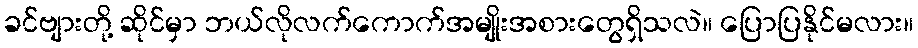
ခင်ဗျားတို့ ဆိုင်မှာ ဘယ်လိုလက်ကောက်အမျိုးအစားတွေရှိသလဲ။ ပြောပြနိုင်မလား။